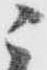
ニ